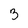
Character: 3